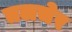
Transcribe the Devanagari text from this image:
तलचेर